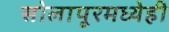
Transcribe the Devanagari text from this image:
सोलापूरमध्येही